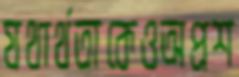
যথার্থতাকেওঅপ্রশ